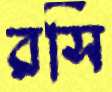
রসি